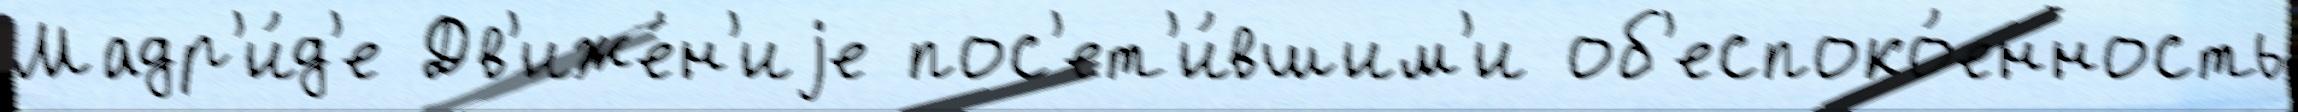
Мадр'и́д'е Дв'иже́н'иjе пос'ет'и́вшим'и об'еспоко́енность